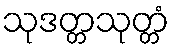
သုဒတ္တသုတ္တံ